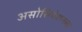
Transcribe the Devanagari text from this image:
असोसियेशनला